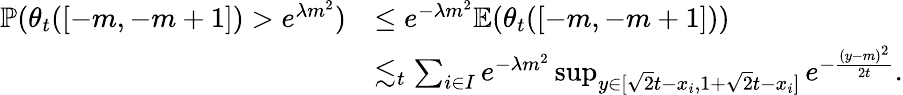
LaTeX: \begin{array}{rl}{\mathbb{P}(\theta_{t}([-m,-m+1])>e^{\lambda m^{2}})}&{\leq e^{-\lambda m^{2}}\mathbb{E}(\theta_{t}([-m,-m+1]))}\\ &{\lesssim_{t}\sum_{i\in I}e^{-\lambda m^{2}}\operatorname*{sup}_{y\in[\sqrt{2}t-x_{i},1+\sqrt{2}t-x_{i}]}e^{-\frac{(y-m)^{2}}{2t}}.}\end{array}